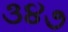
૩૪૭